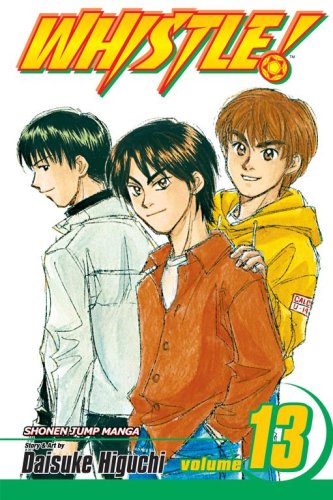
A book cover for Whistle!, Vol. 13 (v. 13); Daisuke Higuchi; Comics & Graphic Novels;